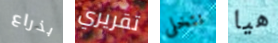
بذراع تقريري نتخلى هيا